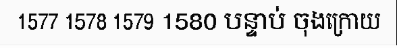
1577 1578 1579 1580 បន្ទាប់ ចុងក្រោយ